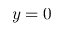
y = 0